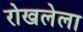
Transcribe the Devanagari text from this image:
रोखलेला